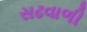
સઢવાળી